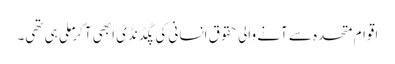
اقوام متحدہ سے آنے والی حقوق انسانی کی پگڈنڈی ابھی آکر ملی ہی تھی۔